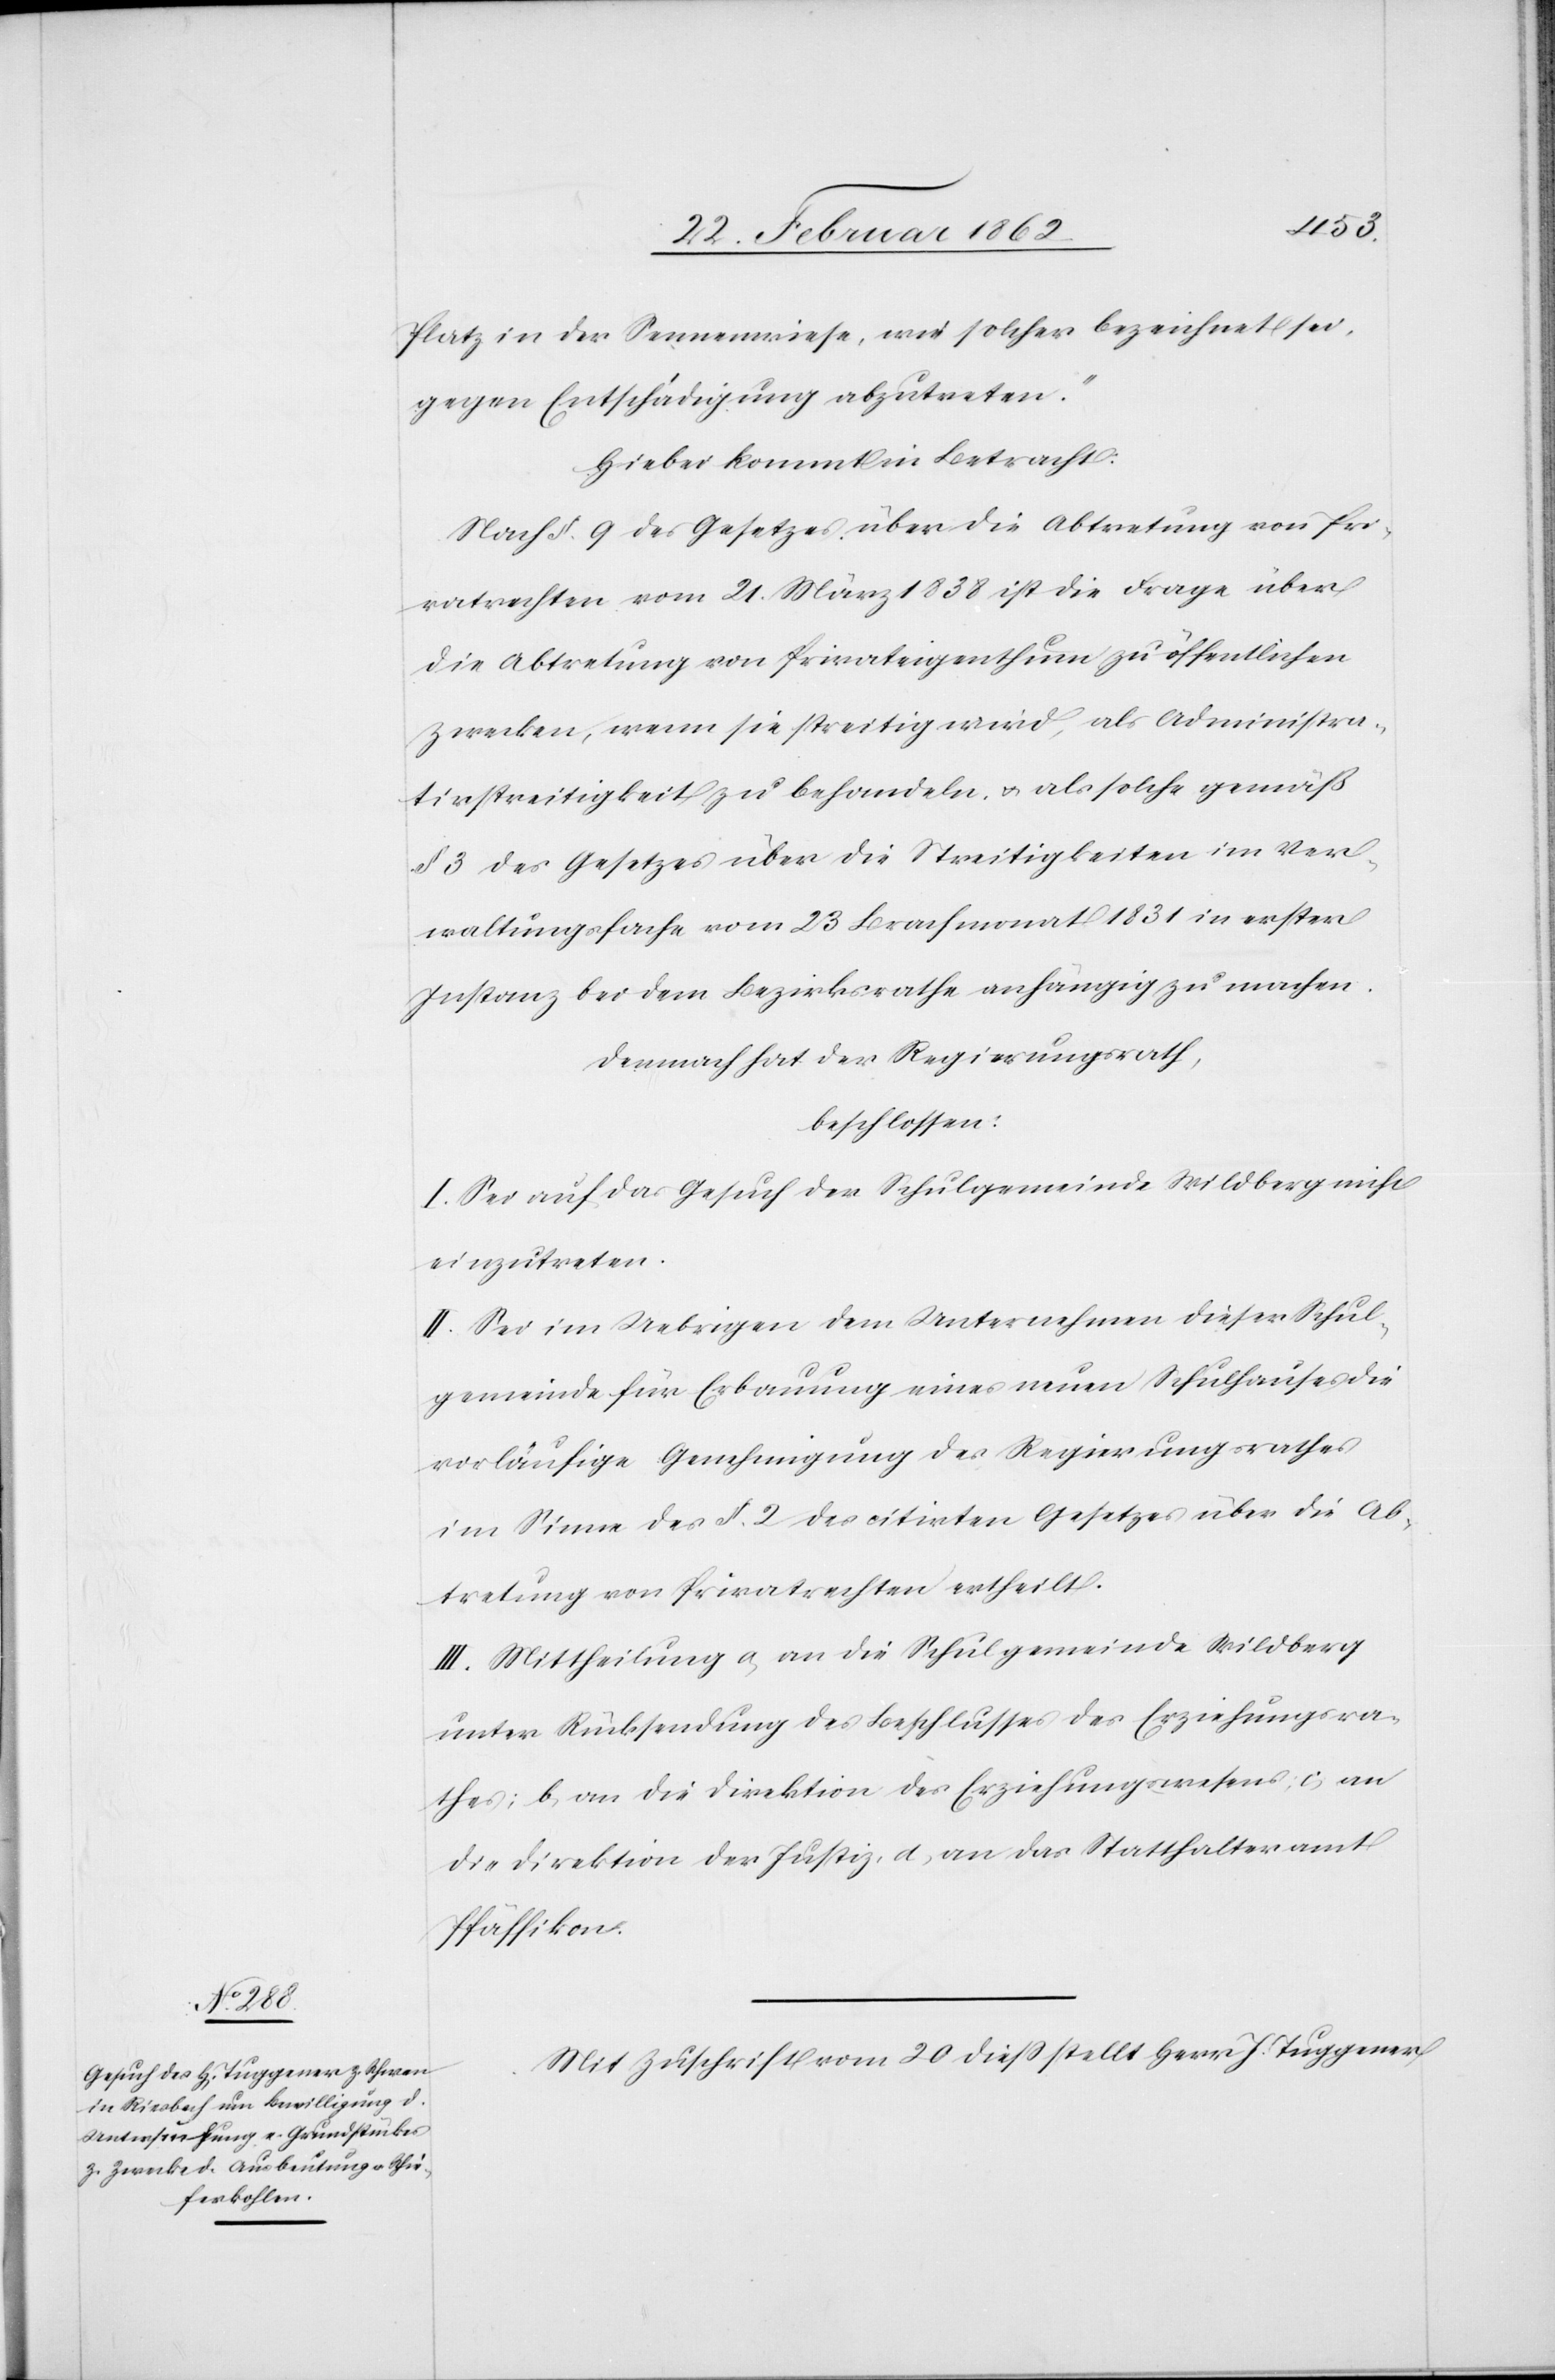
Platz in der Sennenwiese, wie solcher bezeichnet sei,
gegen Entschädigung abzutreten.“
Hiebei kommt in Betracht:
Nach §. 9 des Gesetzes über die Abtretung von Pri¬
vatrechten vom 21. März 1838 ist die Frage über
die Abtretung von Privateigenthum zu öffentlichen
Zwecken, wenn sie streitig wird, als Administra¬
tivstreitigkeit zu behandeln, u. als solche gemäß
§ 3 des Gesetzes über die Streitigkeiten im Ver¬
waltungsfache vom 23 Brachmonat 1831 in erster
Instanz bei dem Bezirksrathe anhängig zu machen.
Demach hat der Regierungsrath,
beschlossen:
I. Sei auf das Gesuch der Schulgemeinde Wildberg nicht
einzutreten.
II. Sei im Uebrigen dem Unternehmen dieser Schul¬
gemeinde für Erbauung eines neuen Schulhauses die
vorläufige Genehmigung des Regierungsrathes
im Sinne des §. 2 des citirten Gesetzes über die Ab¬
tretung von Privatrechten ertheilt.
III. Mittheilung a) an die Schulgemeinde Wildberg
unter Rücksendung des Beschlusses der Erziehungsra¬
thes; b) an die Direktion des Erziehungswesens; c) an
die Direktion der Justiz, d) an das Statthalteramt
Pfäffikon.
Mit Zuschrift vom 20 dieß stellt Herr J. Tuggener